system: You are a helpful assistant.
user:
Analyze the provided spectrum to determine if it is a **Carbon Star (C-type)**.

- **Key Visual Indicators of Carbon Star:**
    - **(Primary):** Strong molecular absorption from **C₂ (diatomic carbon) "Swan Bands."** This is the **defining feature** of a carbon star.
        - **(Key Bandheads):** Sharp absorption edges are visible at approximately $5635$ Å, $5165$ Å (the strongest band), and $4737$ Å.
        - **(Line Profile):** Creates a distinct **"saw-tooth"** pattern. The key morphology is a sharp, steep bandhead on the **red (long-wavelength) side**, which then gradually tapers off (i.e., flux recovers) towards the **blue (short-wavelength) side**. *(This is the direct opposite of the TiO bands seen in M-type stars)*.

    - **(Secondary):** Intense **CN (cyanogen)** molecular absorption bands.
        - **(Key Bandheads):** Located in the blue and violet regions of the spectrum (e.g., near $4215$ Å and $3883$ Å).
        - **(Morphology):** These bands are extremely broad and act as a "blanket," absorbing the vast majority of blue and violet light. This creates a characteristic **"cliff"** or **"steep drop-off"** in the spectrum's flux at short wavelengths.

    - **(Key Confirmation):** Strong **CH absorption band (G-band)**.
        - **(Key Bandhead):** Located around $4300$ Å. The contribution from CH molecules to this band is exceptionally strong.

    - **(Overall Spectrum):**
        - The continuum is severely "chopped up" by these deep molecular bands, especially C₂, rather than appearing as a smooth curve.
        - Due to the heavy CN and C₂ absorption in the blue-green, the vast majority of the star's flux is concentrated in the red part of the spectrum, giving the star its characteristic deep red color.

Think first, call **spectral_visualization_tool** if needed to examine features in detail, then provide your final answer. Your response must adhere to the following strict rules:
1.  **Overall Structure:** Your response must follow the format `<think>...</think> <tool_call>...</tool_call> (if a tool is used) <answer>...</answer>`.
2.  **Tool Usage Constraint:** You may only make **one** tool call per turn.
3.  **Final Answer Format:** In the `<answer>` tag, your conclusion must be inside a `\boxed{}` command (e.g., `\boxed{YES}`), followed by your justification.

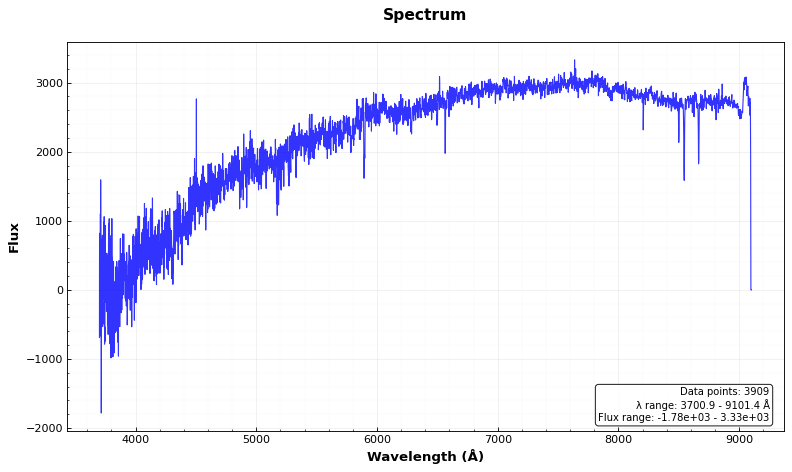
Answer: NO